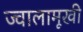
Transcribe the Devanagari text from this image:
ज्वालामूखी